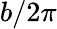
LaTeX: b/2\pi